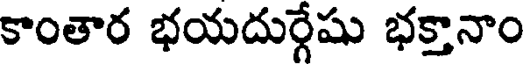
కాంతార భయదుర్గేషు భక్తానాం